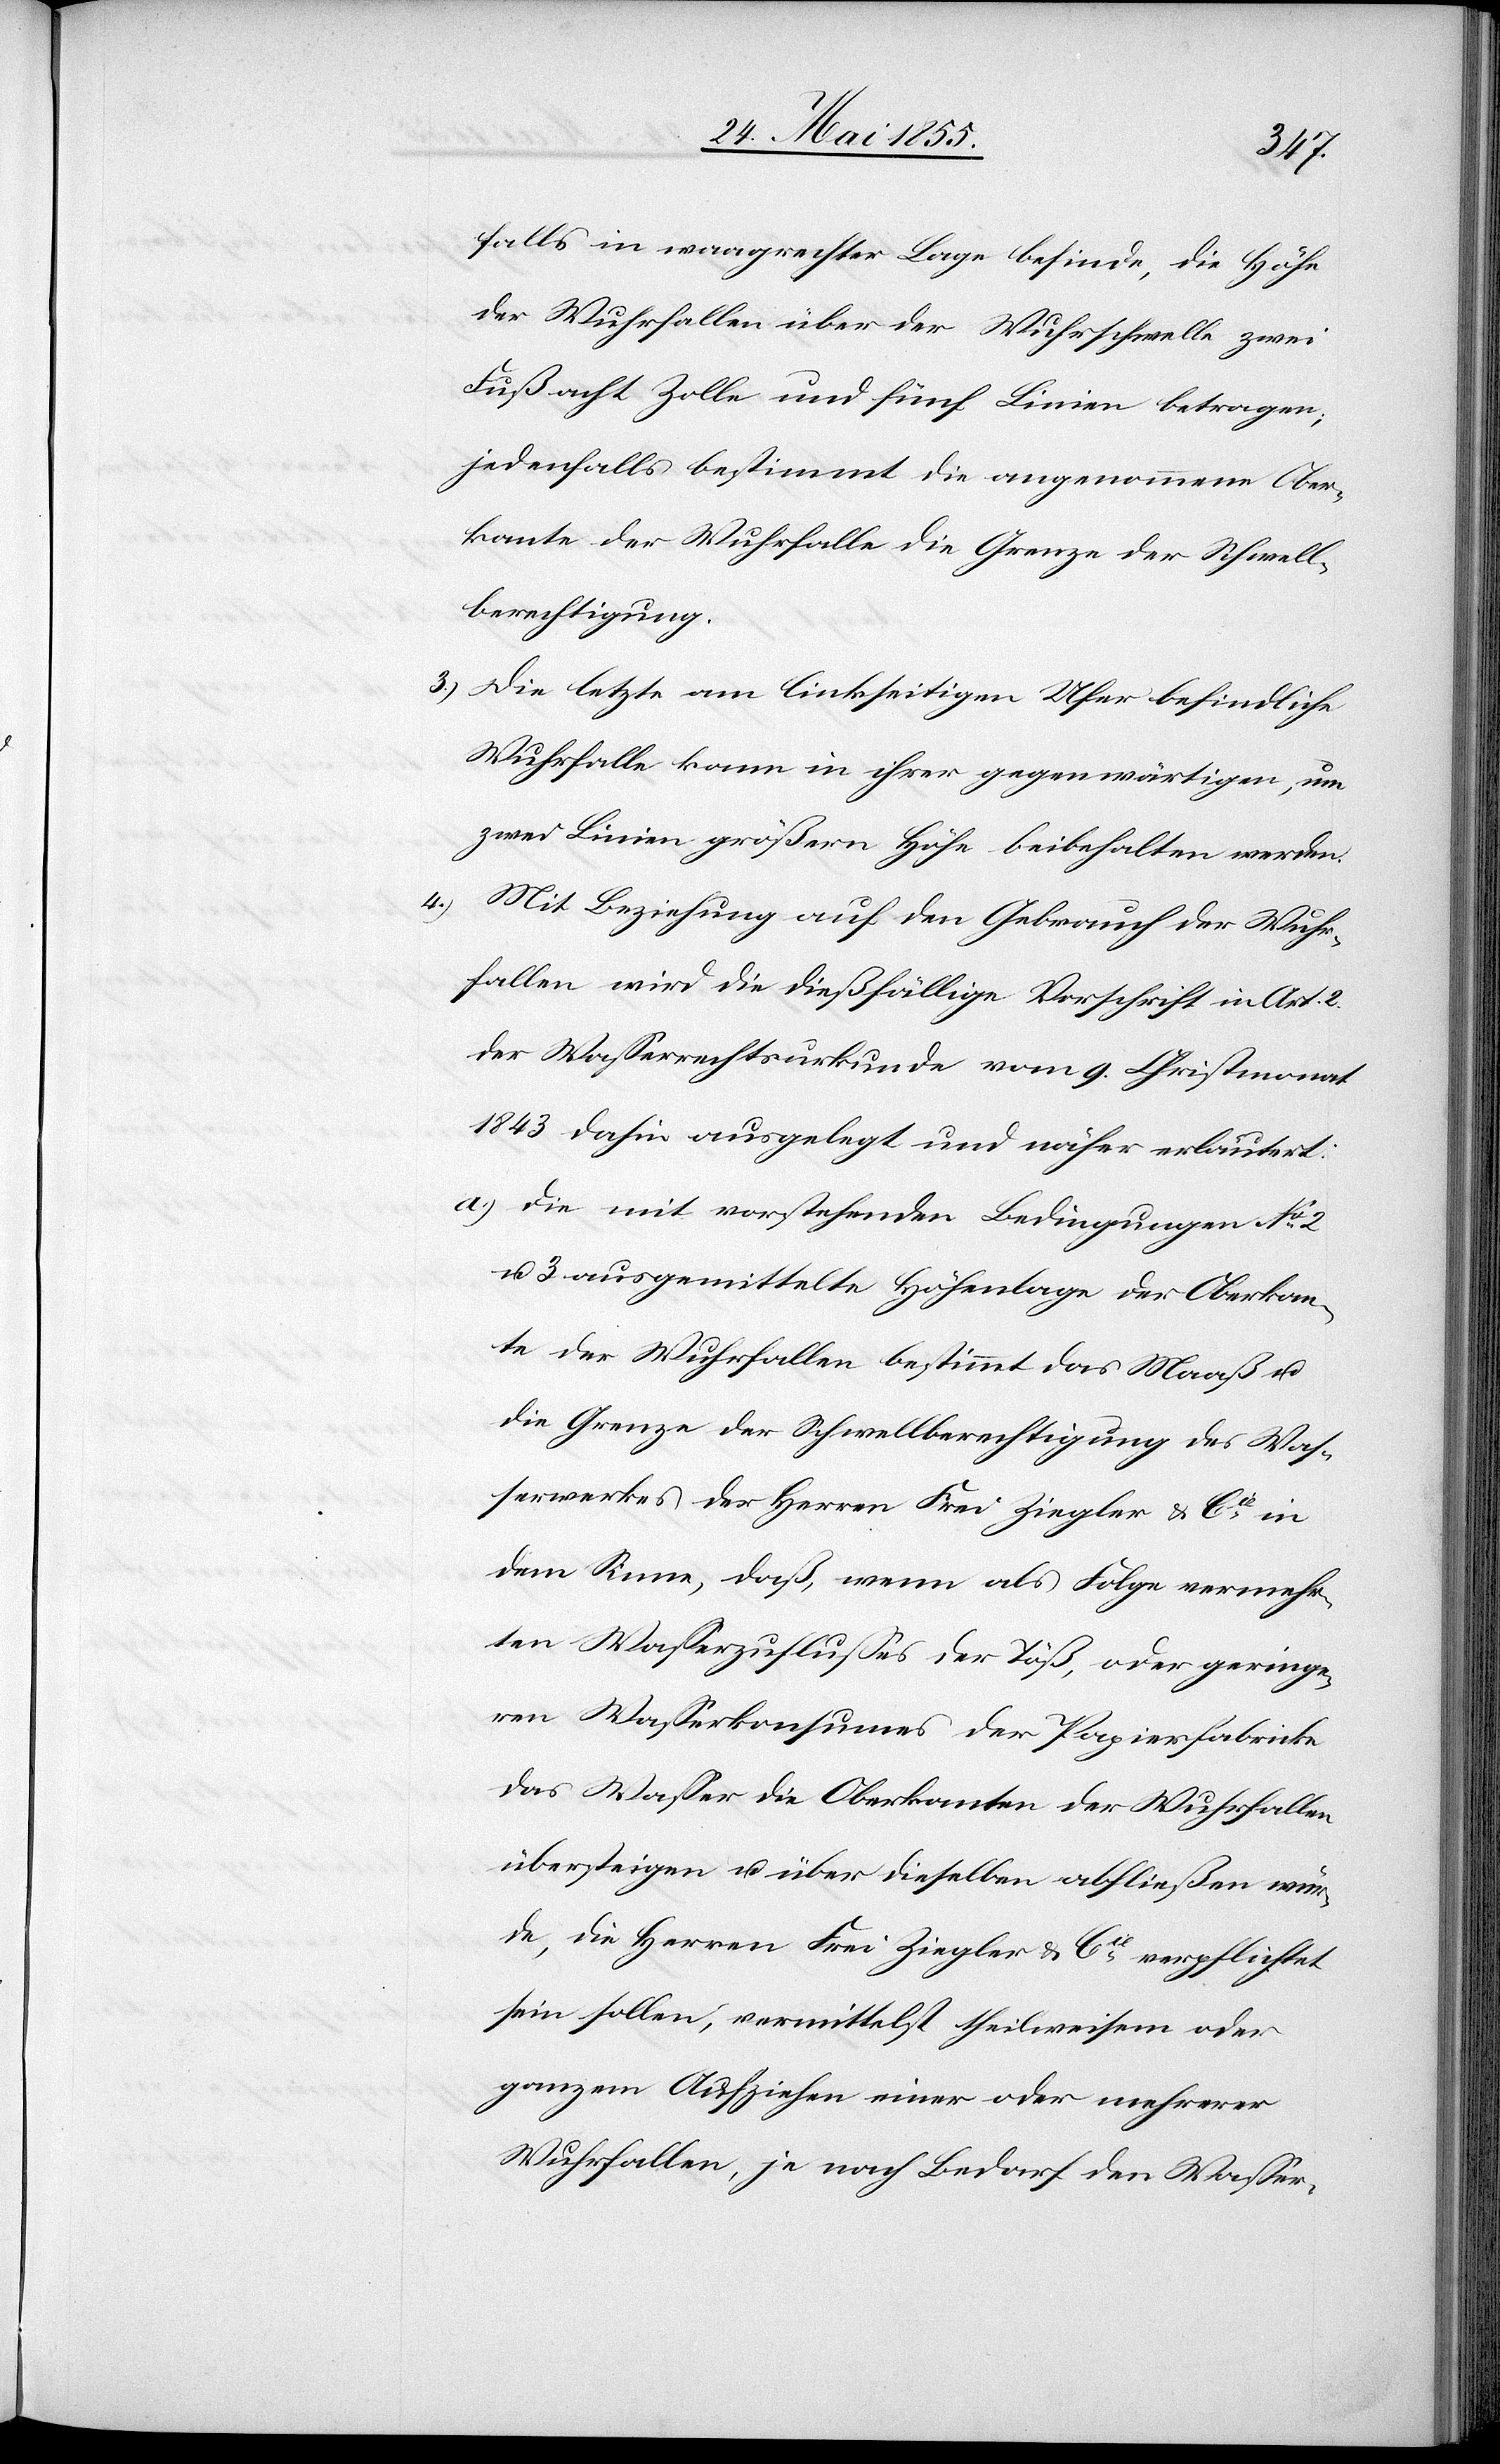
falls in waagrechter Lage befinde, die Höhe
der Wuhrfallen über der Wuhrschwelle zwei
Fuß acht Zolle und fünf Linien betragen;
jedenfalls bestimmt die angenommene Ober¬
kante der Wuhrfalle die Grenze der Schwell¬
berechtigung.
Die letzte am linkseitigen Ufer befindliche
Wuhrfalle kann in ihrer gegenwärtigen, um
zwei Linien größern Höhe beibehalten werden.
Mit Beziehung auf den Gebrauch der Wuhr¬
fallen wird die dießfällige Vorschrift in Art. 2.
der Wasserrechtsurkunde vom 9. Christmonat
1843 dahin ausgelegt und näher erläutert:
Die mit vorstehenden Bedingungen No 2
u. 3 ausgemittelte Höhenlage der Oberkan¬
te der Wuhrfallen bestimmt das Maaß u.
die Grenze der Schwellberechtigung des Was¬
serwerkes der Herren Frei Ziegler & Cie in
dem Sinne, daß, wenn als Folge vermehr¬
ten Wasserzuflusses der Töß, oder geringe¬
ren Wasserkonsumes der Papierfabricke
das Wasser die Oberkanten der Wuhrfallen
übersteigen u. über dieselben abfließen wür¬
de, die Herren Frei Ziegler & Cie verpflichtet
sein sollen, vermittelst theilweisem oder
ganzem Aufziehen einer oder mehrerer
Wuhrfallen, je nach Bedarf den Wasser-